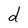
Character: d